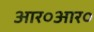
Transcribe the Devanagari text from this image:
आर०आर०